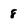
Character: 8